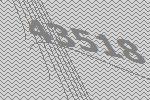
43518